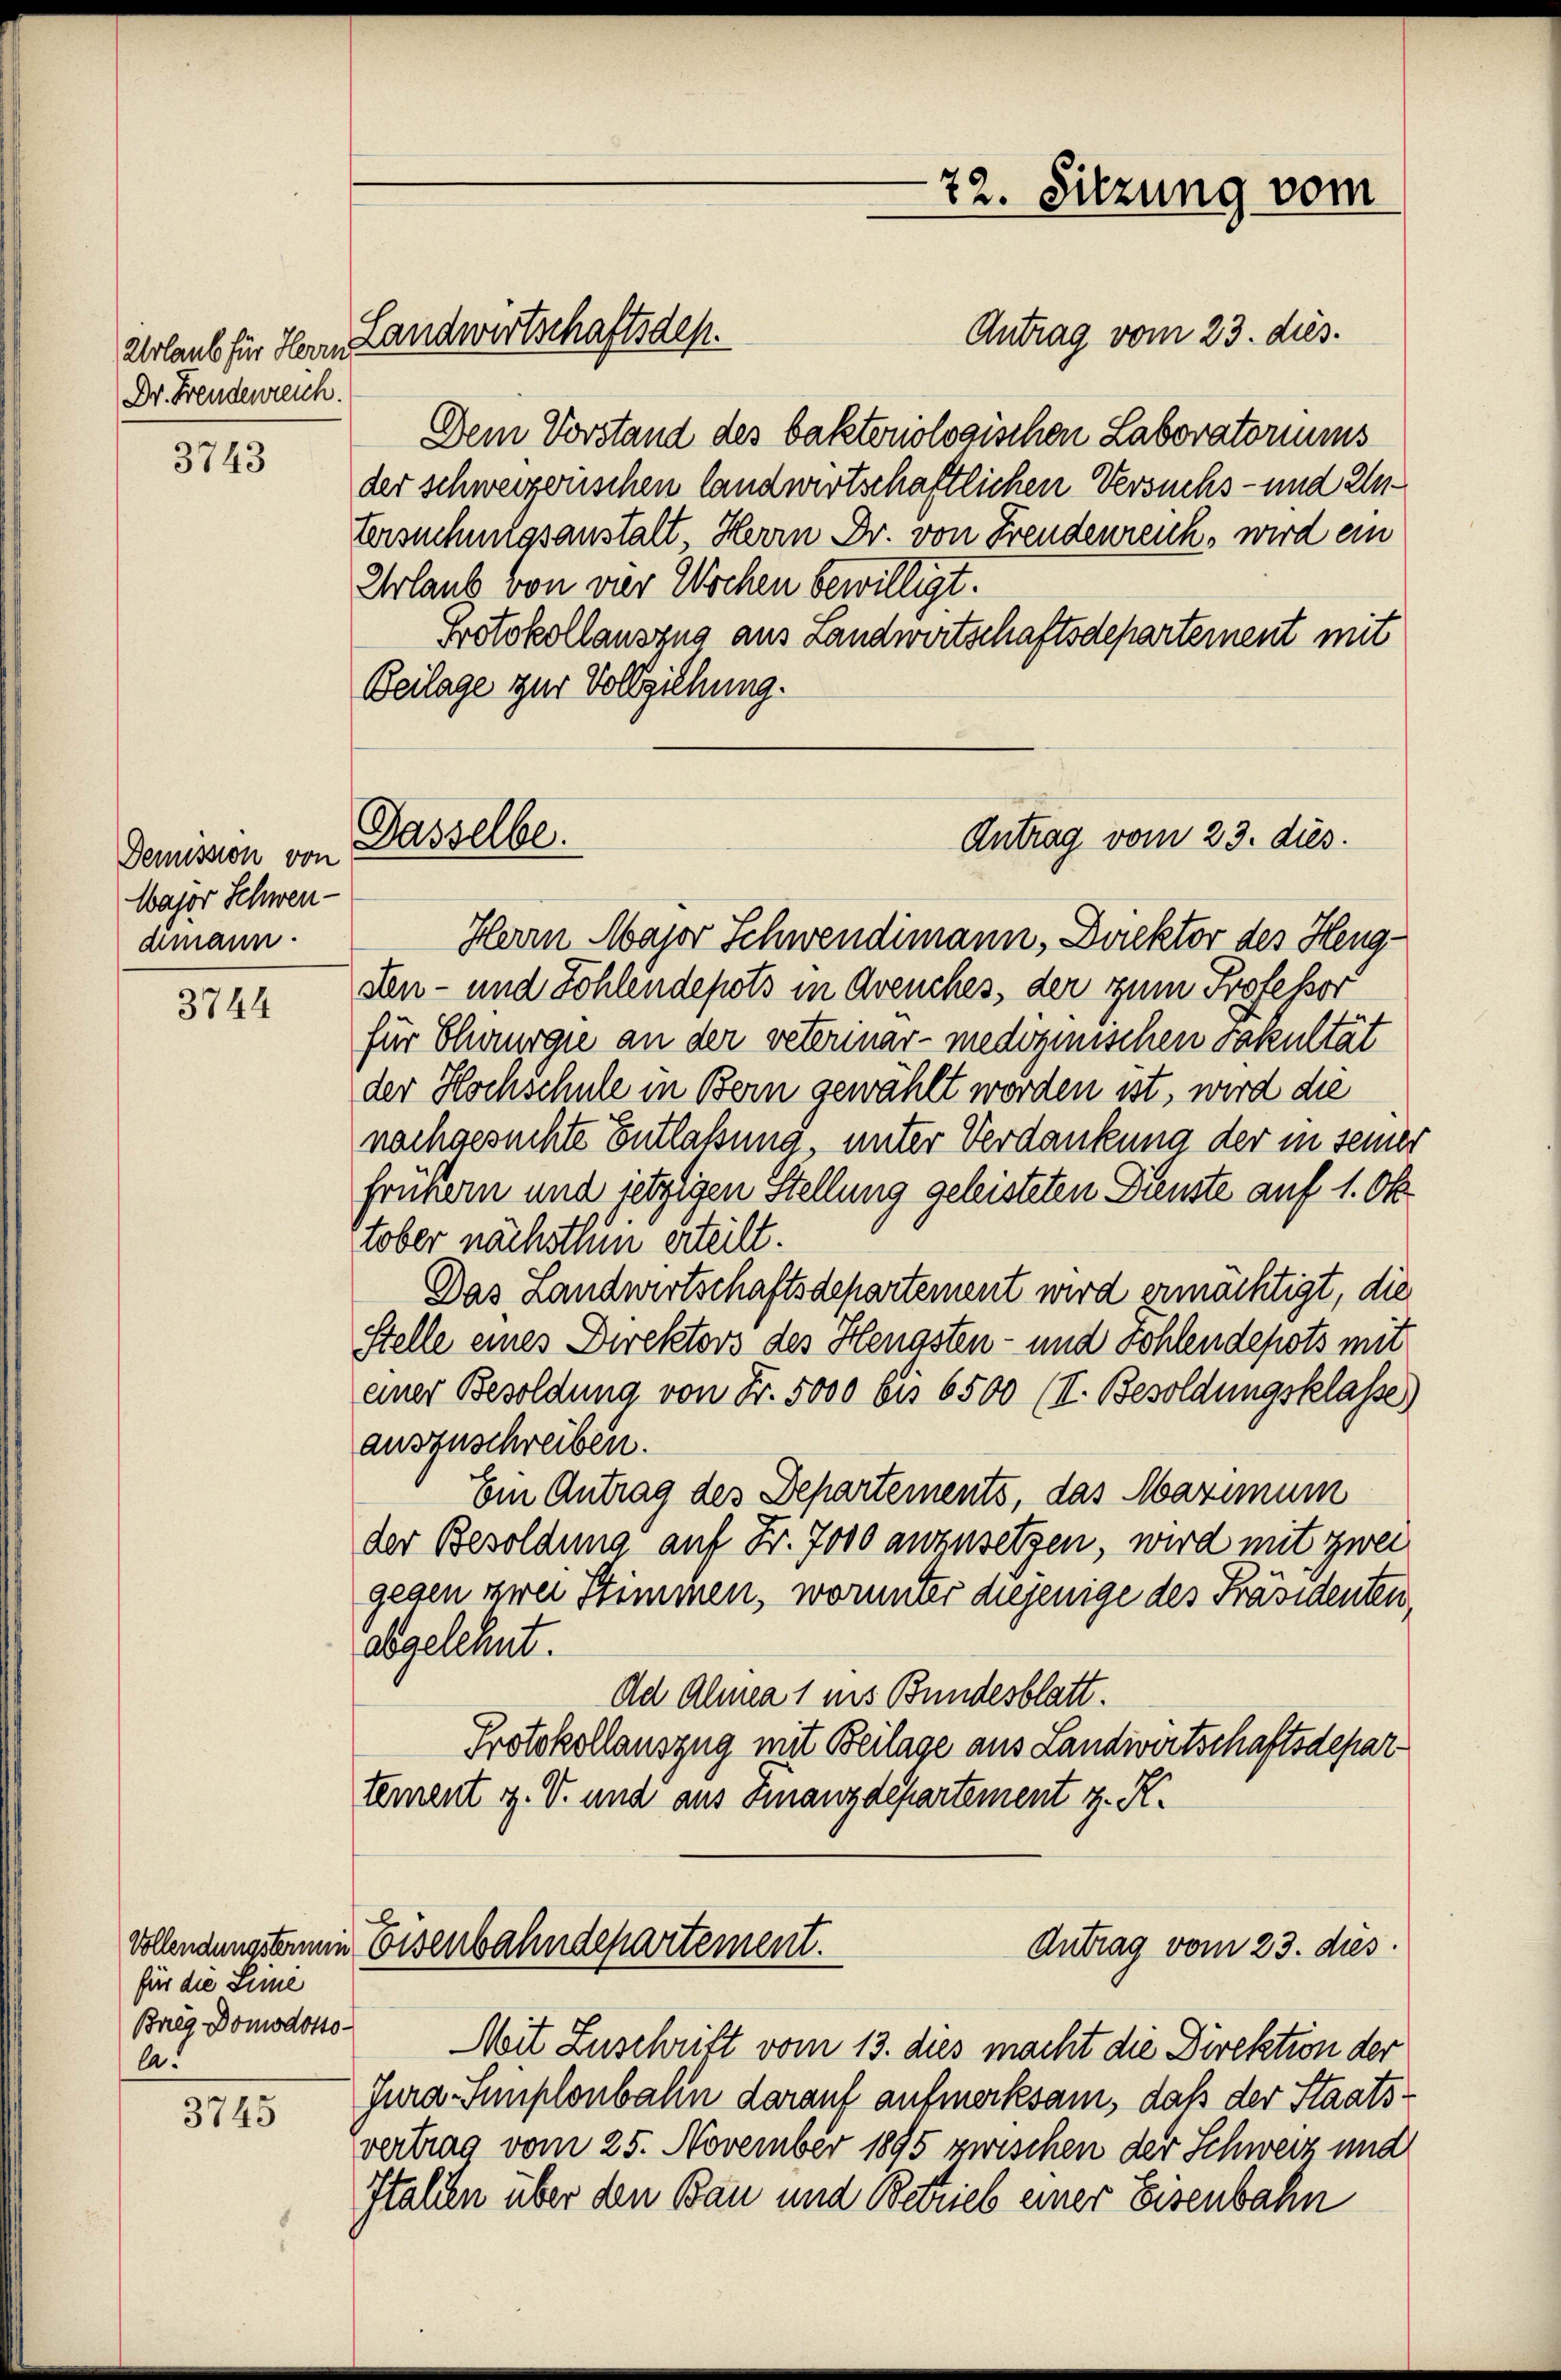
Dr. Freudenreich.

3743

Demission von
Wajor Schwen-
dimann.

3744

für die Sime
Breg Domodottoa.

3745

Antrag vom 23. dies.
Dem Vorstand des baktoniologischen Laboratoriums
der schweizerischen landwirtschaftlichen Versuchs- und Untersuchungsanstalt Herrn Dr. von Freudenreich, wird ein
Urlaub von vier Wochen bewilligt.
Protokollauszug aus Landwirtschaftsdepartement mit
Beilage zur Vollziehung.

Dasselbe

Urlaub für Herrn Landwirtschaftsdes.

22. Sitzung vom

Antrag vom 23. dies

Vollendungsteren Eisenbahndepartement.
Antrag vom 23. dies

Herrn Major Schwendimann, Direktor des Heng¬
Den- und Sohlendepots in Avenches, der zum Professor
für Chirurgie an der veterinar-medoginischen Fakultät
der Hochschule in Bern gewählt worden ist, wird die
nachgesuchte Entlaßung, unter Verdankung der in seiner
frühern und jetzigen Stellung geleisteten Dienste auf 1. Ok
tober nächsthin erteilt.
Das Landwirtschaftsdepartement wird ermächtigt, die
Stelle eines Direktors des Hengsten- und Sohlendepots mit
einer Besoldung von Fr. 5000 bis 6500 (II. Besoldungsklasse)
auszuschreiben.
Ein Antrag des Departements, das Maximum
der Besoldung auf Fr. 7000 anzusetzen, wird mit zwei
gegen zwei Stimmen, worunter diejenige des Präsidenten,
abgelehnt.
Ad Alma 1 ins Bundesblatt.
Protokollauszug mit Beilage aus Landwirtschaftsdepar-
tement v. V. und aus Finanzdepartement z. R.

Mit Zuschrift vom 13. dies macht die Direktion der
Jura-Simplonbahn darauf aufmerksam, daß der Staatsvertrag vom 25. November 1895 zwischen der Schweiz und
Italien über den Bau und Betrieb einer Eisenbahn